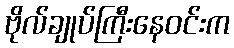
ဗိုလ်ချုပ်ကြီးနေဝင်းက